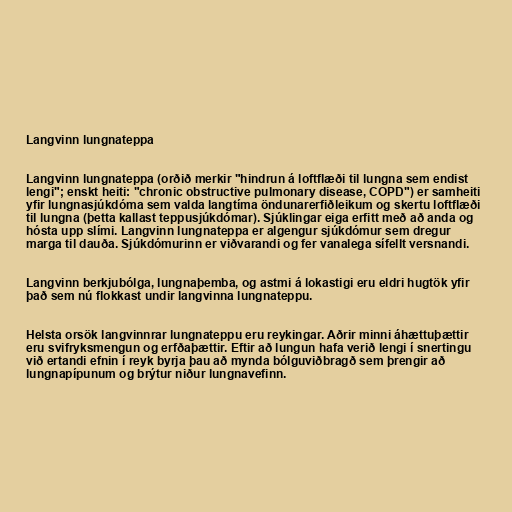
Langvinn lungnateppa

Langvinn lungnateppa (orðið merkir "hindrun á loftflæði til lungna sem endist
lengi"; enskt heiti: "chronic obstructive pulmonary disease, COPD") er samheiti
yfir lungnasjúkdóma sem valda langtíma öndunarerfiðleikum og skertu loftflæði
til lungna (þetta kallast teppusjúkdómar). Sjúklingar eiga erfitt með að anda og
hósta upp slími. Langvinn lungnateppa er algengur sjúkdómur sem dregur
marga til dauða. Sjúkdómurinn er viðvarandi og fer vanalega sífellt versnandi.

Langvinn berkjubólga, lungnaþemba, og astmi á lokastigi eru eldri hugtök yfir
það sem nú flokkast undir langvinna lungnateppu.

Helsta orsök langvinnrar lungnateppu eru reykingar. Aðrir minni áhættuþættir
eru svifryksmengun og erfðaþættir. Eftir að lungun hafa verið lengi í snertingu
við ertandi efnin í reyk byrja þau að mynda bólguviðbragð sem þrengir að
lungnapípunum og brýtur niður lungnavefinn.